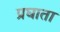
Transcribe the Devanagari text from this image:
प्रघाता